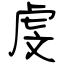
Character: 虔